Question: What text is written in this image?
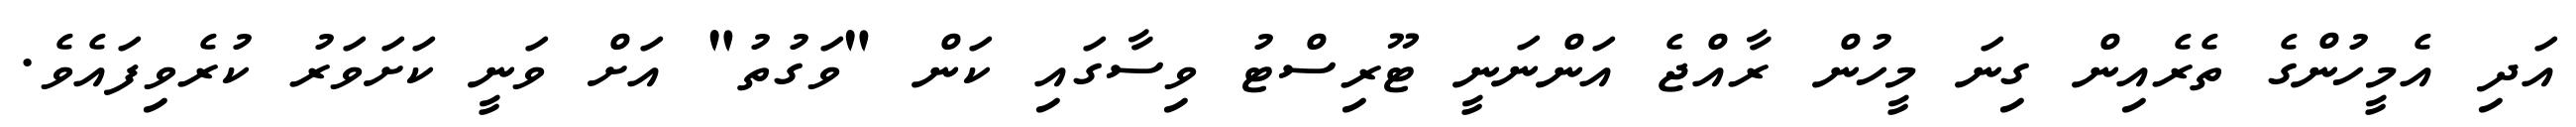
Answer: އަދި އެމީހުންގެ ތެރެއިން ގިނަ މީހުން ރާއްޖެ އަންނަނީ ޓޫރިސްޓު ވިސާގައި ކަން "ވަގުތު" އަށް ވަނީ ކަށަވަރު ކުރެވިފައެވެ.